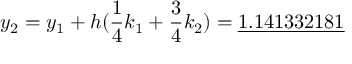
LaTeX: y _ { 2 } = y _ { 1 } + h ( { \frac { 1 } { 4 } } k _ { 1 } + { \frac { 3 } { 4 } } k _ { 2 } ) = { \underline { { 1 . 1 4 1 3 3 2 1 8 1 } } }